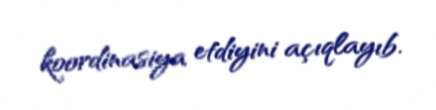
koordinasiya etdiyini açıqlayıb.